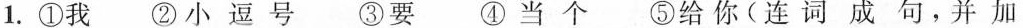
1.①我 ②小逗号 ③要 ④当个 ⑤给你(连词成句，并加